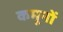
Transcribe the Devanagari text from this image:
कमूनों